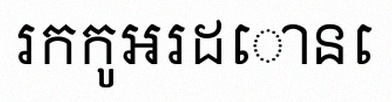
រកកូអរដោនេ